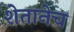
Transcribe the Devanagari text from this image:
शेतानेच